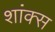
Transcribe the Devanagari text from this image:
शांक्स